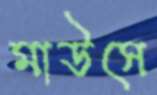
মাউসে